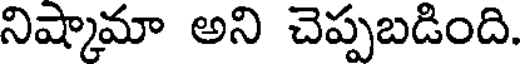
నిష్కామా అని చెప్పబడింది.